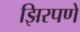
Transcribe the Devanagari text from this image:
झिरपणे